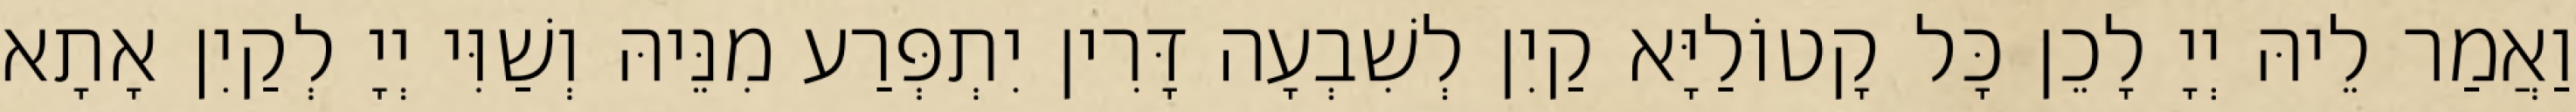
וַאֲמַר לֵיהּ יְיָ לָכֵן כָּל קָטוֹלַיָּא קַיִן לְשִׁבְעָה דָּרִין יִתְפְּרַע מִנֵּיהּ וְשַׁוִּי יְיָ לְקַיִן אָתָא